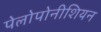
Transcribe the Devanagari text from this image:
पेलोपोनीशियन